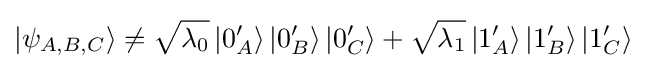
\left|\psi _{A,B,C}\right\rangle \neq {\sqrt {\lambda _{0}}}\left|0_{A}^{\prime }\right\rangle \left|0_{B}^{\prime }\right\rangle \left|0_{C}^{\prime }\right\rangle +{\sqrt {\lambda _{1}}}\left|1_{A}^{\prime }\right\rangle \left|1_{B}^{\prime }\right\rangle \left|1_{C}^{\prime }\right\rangle